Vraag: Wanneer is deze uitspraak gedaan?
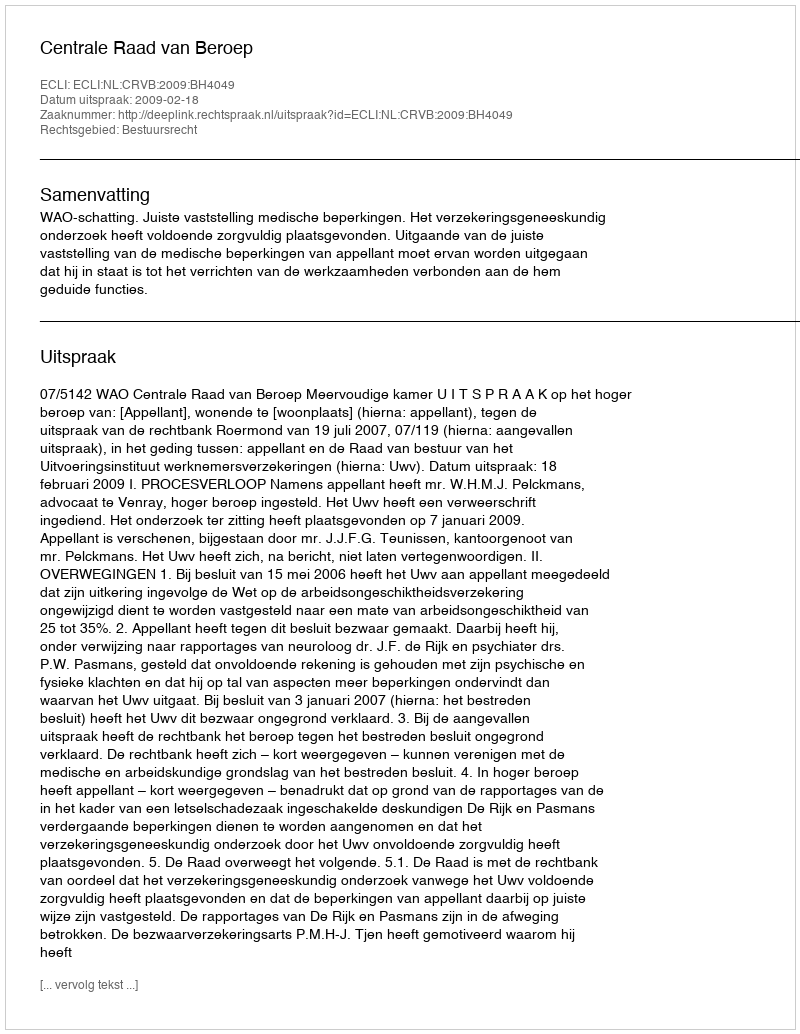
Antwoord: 2009-02-18